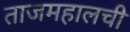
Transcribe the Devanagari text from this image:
ताजमहालची